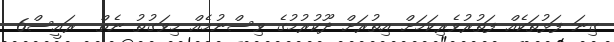
ގިނަ ފަޅުތަކެއް ފަތުރުވެރިކަމަށް އިތުރަށް ދޫކުރުމުގެ ވިސްނުމެއް މިވަގުތު ނެތް  ރައީސް6